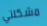
مشكلتي